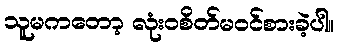
သူမကတော့ လုံးဝစိတ်မဝင်စားခဲ့ပါ။